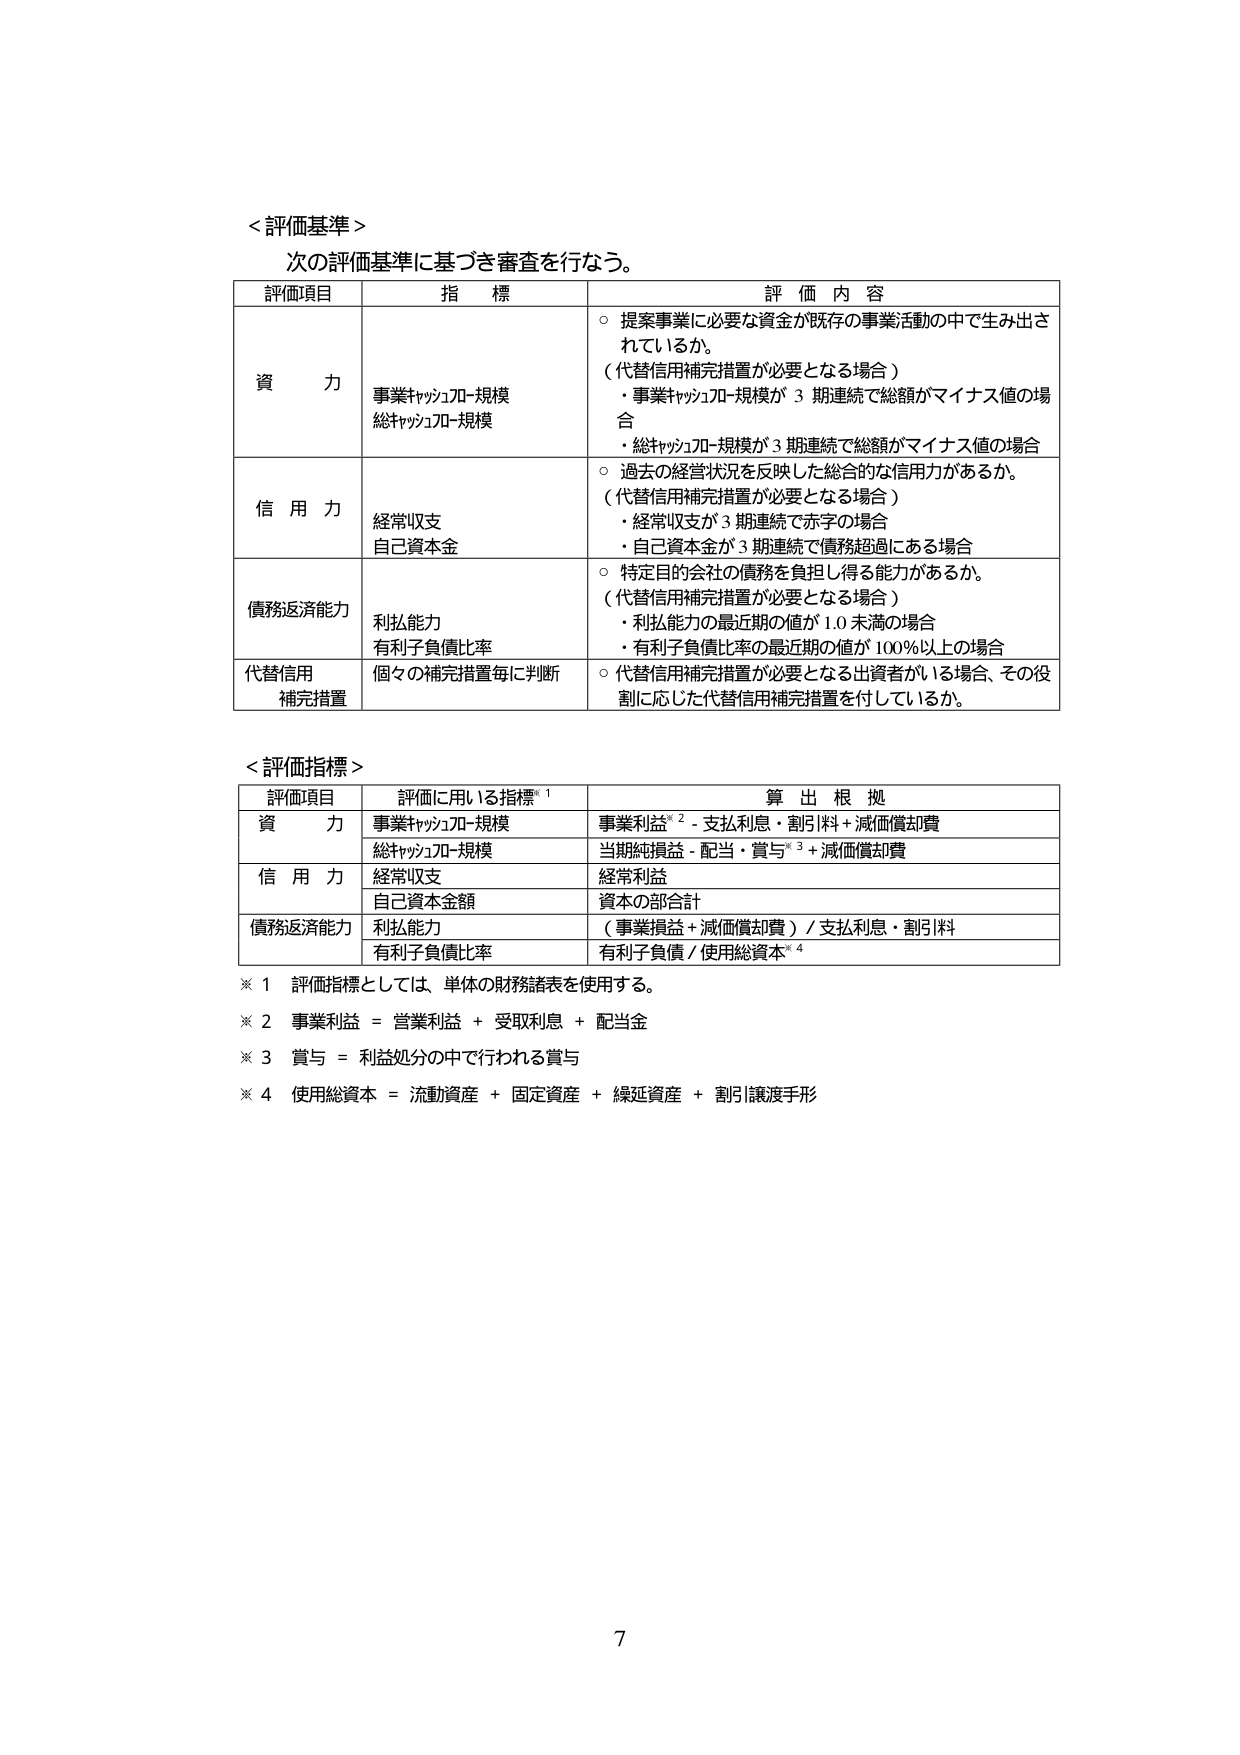
＜評価基準＞
次の評価基準に基づき審査を行なう。

| 評価項目 | 指 標 | 評 価 内 容 |
|----------|--------|--------------|
| 資 力 | 事業キャッシュフロー規模<br>総キャッシュフロー規模 | ○ 提案事業に必要な資金が既存の事業活動の中で生み出されているか。<br>（代替信用補完措置が必要となる場合）<br>・事業キャッシュフロー規模が 3 期連続で総額がマイナス値の場合<br>・総キャッシュフロー規模が 3 期連続で総額がマイナス値の場合 |
| 信 用 力 | 経常収支<br>自己資本金 | ○ 過去の経営状況を反映した総合的な信用力があるか。<br>（代替信用補完措置が必要となる場合）<br>・経常収支が 3 期連続で赤字の場合<br>・自己資本金が 3 期連続で債務超過にある場合 |
| 債務返済能力 | 利払能力<br>有利子負債比率 | ○ 特定目的会社の債務を負担し得る能力があるか。<br>（代替信用補完措置が必要となる場合）<br>・利払能力の最近期の値が 1.0 未満の場合<br>・有利子負債比率の最近期の値が 100％以上の場合 |
| 代替信用<br>補完措置 | 個々の補完措置毎に判断 | ○ 代替信用補完措置が必要となる出資者がいる場合、その役割に応じた代替信用補完措置を付しているか。 |

＜評価指標＞

| 評価項目 | 評価に用いる指標※1 | 算 出 根 拠 |
|----------|----------------------|--------------|
| 資 力 | 事業キャッシュフロー規模 | 事業利益※2 - 支払利息・割引料 + 減価償却費 |
| | 総キャッシュフロー規模 | 当期純損益 - 配当・賞与※3 + 減価償却費 |
| 信 用 力 | 経常収支 | 経常利益 |
| | 自己資本金額 | 資本の部合計 |
| 債務返済能力 | 利払能力 | （事業損益 + 減価償却費）/ 支払利息・割引料 |
| | 有利子負債比率 | 有利子負債 / 使用総資本※4 |

※1 評価指標としては、単体の財務諸表を使用する。
※2 事業利益 = 営業利益 + 受取利息 + 配当金
※3 賞与 = 利益処分の中で行われる賞与
※4 使用総資本 = 流動資産 + 固定資産 + 繰延資産 + 割引譲渡手形

7